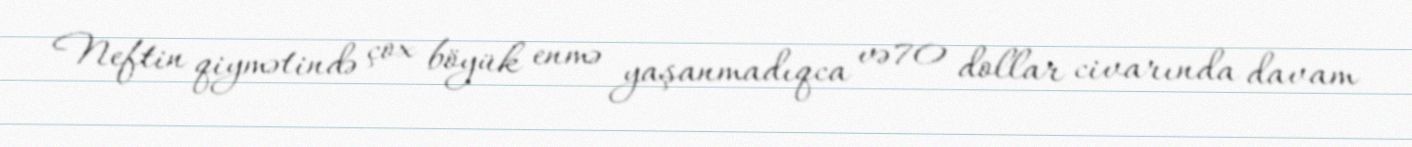
Neftin qiymətində çox böyük enmə yaşanmadıqca və 70 dollar civarında davam